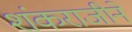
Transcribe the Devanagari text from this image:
शंकराजीने